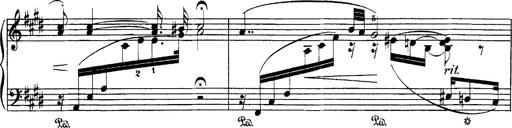
Title: Hungarian Rhapsody No.1
Composer: Franz Liszt
Key: C-sharp minor